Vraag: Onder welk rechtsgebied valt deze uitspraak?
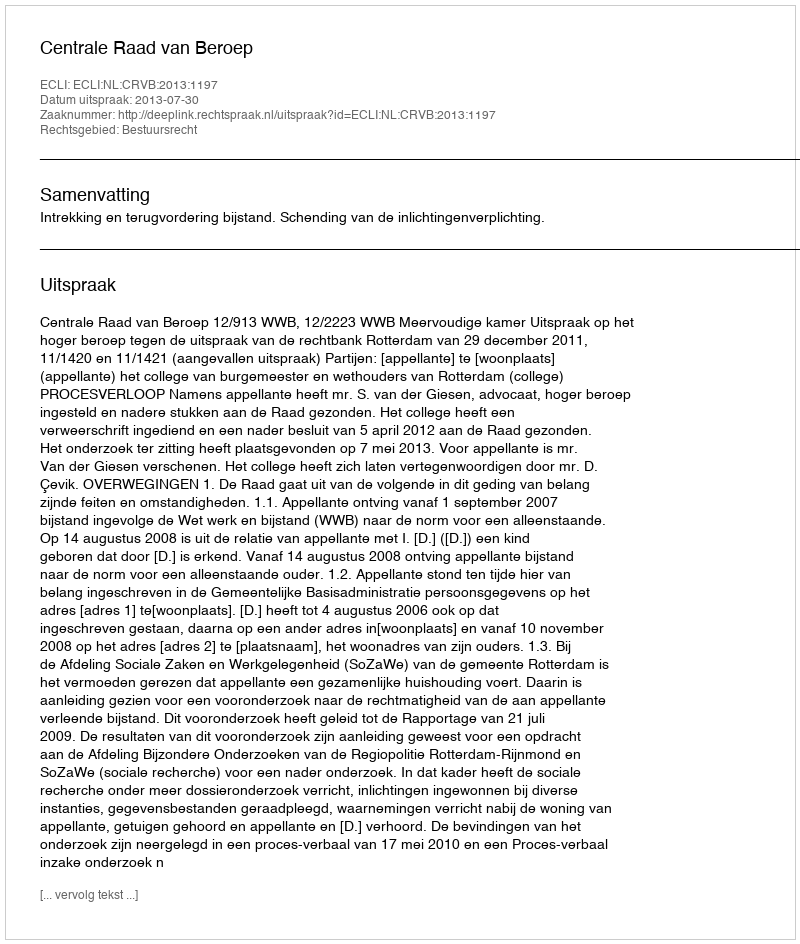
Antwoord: Bestuursrecht